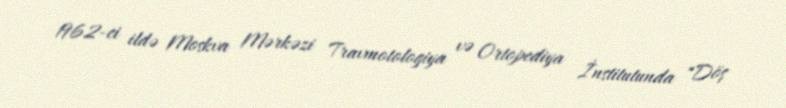
1962-ci ildə Moskva Mərkəzi Travmotologiya və Ortopediya İnstitutunda "Döş